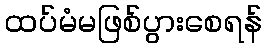
ထပ်မံမဖြစ်ပွားစေရန်